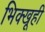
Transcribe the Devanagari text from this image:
भिक्खूही